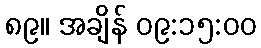
၈၉။ အချိန် ၀၉:၁၅:၀၀